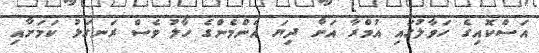
އަސްކޮއިގެ ހަވާލުގައި އުމްރާ އަށް ދިޔަ އެންމެންގެ ހާލު ވެސް ރަނގަޅު ކަމަށާއި